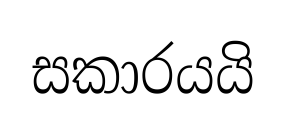
සකාරයයි